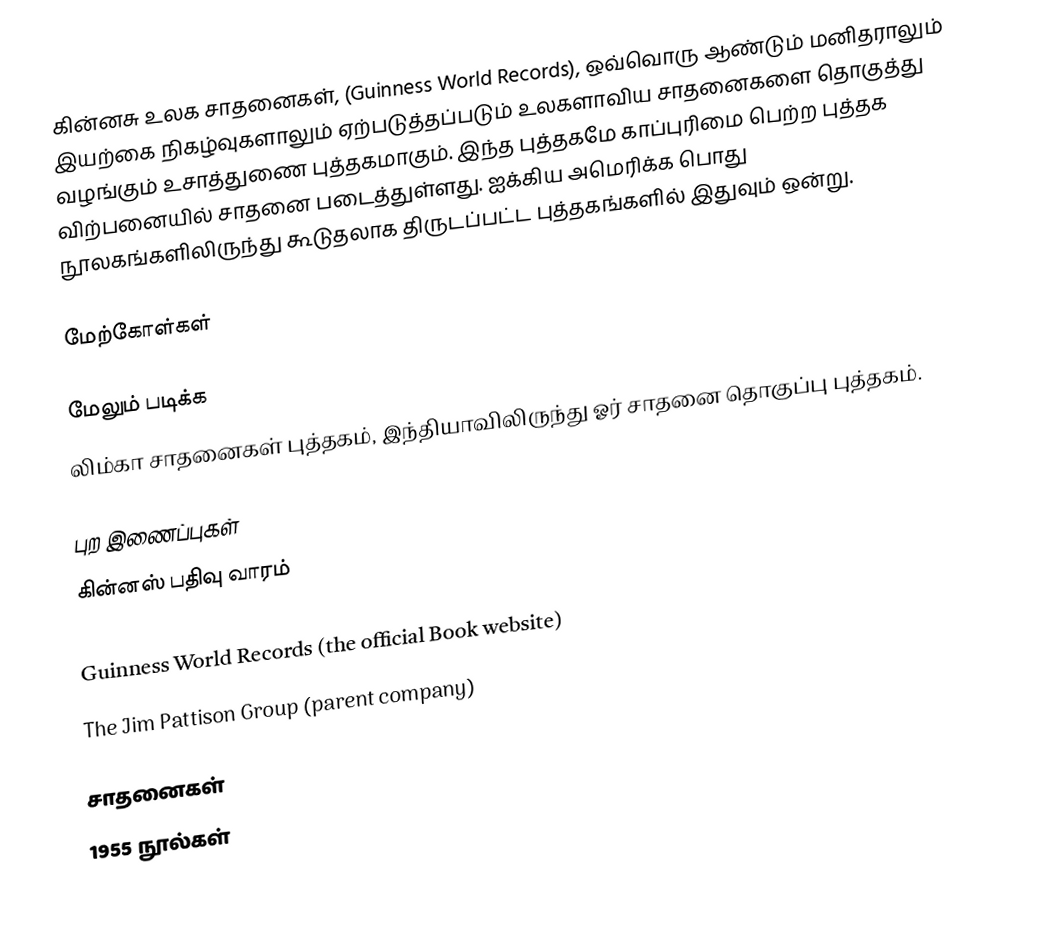
கின்னசு உலக சாதனைகள், (Guinness World Records), ஒவ்வொரு ஆண்டும் மனிதராலும் இயற்கை நிகழ்வுகளாலும் ஏற்படுத்தப்படும் உலகளாவிய சாதனைகளை தொகுத்து வழங்கும் உசாத்துணை புத்தகமாகும். இந்த புத்தகமே காப்புரிமை பெற்ற புத்தக விற்பனையில் சாதனை படைத்துள்ளது. ஐக்கிய அமெரிக்க பொது நூலகங்களிலிருந்து கூடுதலாக திருடப்பட்ட புத்தகங்களில் இதுவும் ஒன்று.

மேற்கோள்கள்

மேலும் படிக்க
 லிம்கா சாதனைகள் புத்தகம், இந்தியாவிலிருந்து ஓர் சாதனை தொகுப்பு புத்தகம்.

புற இணைப்புகள்
 கின்னஸ் பதிவு வாரம்
 Guinness World Attractions (the official Museums website)
 Guinness World Records (the official Book website)
 The Jim Pattison Group (parent company)

சாதனைகள்
1955 நூல்கள்